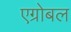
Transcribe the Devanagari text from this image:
एग्रोबल